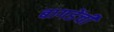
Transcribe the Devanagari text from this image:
बागडेंची